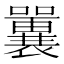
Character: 𡄿